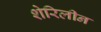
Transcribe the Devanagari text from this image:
शेरिलीन